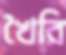
খৈরি